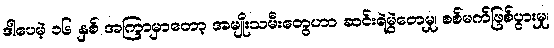
ဒါပေမဲ့ ၁၆ နှစ် အကြာမှာတော့ အမျိုးသမီးတွေဟာ ဆင်းရဲမွဲတေမှု၊ စစ်မက်ဖြစ်ပွားမှု၊